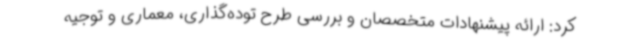
کرد: ارائه پیشنهادات متخصصان و بررسی طرح توده‌گذاری، معماری و توجیه